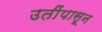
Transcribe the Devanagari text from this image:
उतींपासून